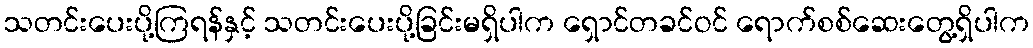
သတင်းပေးပို့ကြရန်နှင့် သတင်းပေးပို့ခြင်းမရှိပါက ရှောင်တခင်ဝင် ရောက်စစ်ဆေးတွေ့ရှိပါက